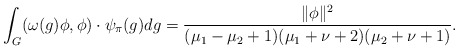
\begin{align*}\int_G(\omega(g)\phi,\phi)\cdot \psi_{\pi}(g)dg=\frac{\|\phi\|^2}{(\mu_1-\mu_2+1)(\mu_1+\nu+2)(\mu_2+\nu+1)}.\end{align*}